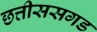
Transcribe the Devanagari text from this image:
छत्तीससगड